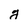
Character: y